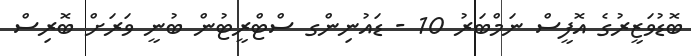
ބޮޑުވަޒީރުގެ އޮފީސް ނަމްބަރު 10 - ޑައުނިންގ ސްޓްރީޓުން ބުނީ ވަރަށް ބޮރިސް